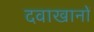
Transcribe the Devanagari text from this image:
दवाखानों